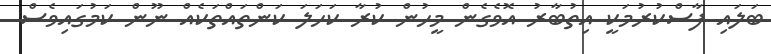
ބަލައި ފާސްކުރުމަކީ އިތުބާރު އޮވެގެން މީހުން ކުރާ ކަހަލަ ކަންތައްތަކެއް ނޫން ކަމުގައިވެސް